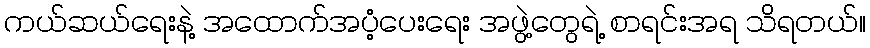
ကယ်ဆယ်ရေးနဲ့ အထောက်အပံ့ပေးရေး အဖွဲ့တွေရဲ့ စာရင်းအရ သိရတယ်။